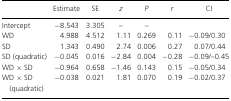
<table><thead><tr><td></td><td><b>Estimate</b></td><td><b>SE</b></td><td><b><i>z</i></b></td><td><b><i>P</i></b></td><td><b><i>r</i></b></td><td><b>CI</b></td></tr></thead><tbody><tr><td>Intercept</td><td>−8.543</td><td>3.305</td><td>–</td><td>–</td><td></td><td></td></tr><tr><td>WD</td><td>4.988</td><td>4.512</td><td>1.11</td><td>0.269</td><td>0.11</td><td>−0.09/0.30</td></tr><tr><td>SD</td><td>1.343</td><td>0.490</td><td>2.74</td><td>0.006</td><td>0.27</td><td>0.07/0.44</td></tr><tr><td>SD (quadratic)</td><td>−0.045</td><td>0.016</td><td>−2.84</td><td>0.004</td><td>−0.28</td><td>−0.09/–0.45</td></tr><tr><td>WD × SD</td><td>−0.964</td><td>0.658</td><td>−1.46</td><td>0.143</td><td>0.15</td><td>−0.05/0.34</td></tr><tr><td>WD × SD (quadratic)</td><td>−0.038</td><td>0.021</td><td>1.81</td><td>0.070</td><td>0.19</td><td>−0.02/0.37</td></tr></tbody></table>